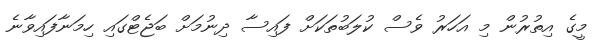
މީގެ އިތުރުން މި އަހަރު ވެސް ކުލަބުތަކަށް ފައިސާ ދިނުމަށް ބަޖެޓްގައި ހިމަނާފައިވާނެ